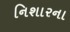
નિશારના